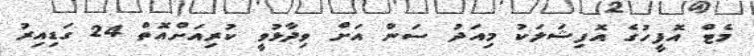
މެޓް އޮފީހުގެ އޮފިޝަލަކު މިއަދު ސަން އަށް ވިދާޅުވީ ކުރިއަށްއޮތް 24 ގަޑިއިރު